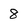
Character: 8